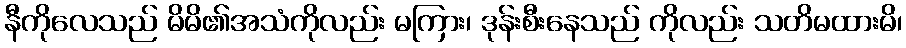
နီကိုလေသည် မိမိ၏အသံကိုလည်း မကြား၊ ဒုန်းစီးနေသည် ကိုလည်း သတိမထားမိ၊